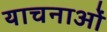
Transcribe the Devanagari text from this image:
याचनाओं